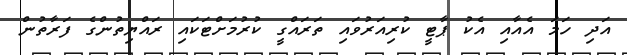
އަދި ހަމަ އެއާއި އެކު ޕާޓީ ކުރިއަރުވައި ތަރައްގީ ކުރުމަށްޓަކައި ރައްޔިތުންގެ ފަރާތުން